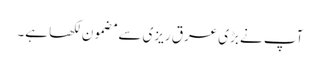
آپ نے بڑی عرق ریزی سے مضمون لکھا ہے۔